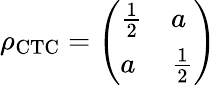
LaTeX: \rho_{\mathrm{CTC}}={\left(\begin{array}{ll}{{\frac{1}{2}}}&{a}\\ {a}&{{\frac{1}{2}}}\end{array}\right)}